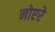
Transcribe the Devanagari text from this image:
नोएरे